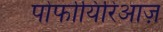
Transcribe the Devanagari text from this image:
पोर्फायिरिआज़